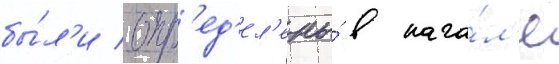
бы́л'и опр'ед'ел'ены́ в нача́л'е